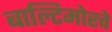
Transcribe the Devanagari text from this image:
बाल्टिमोरचे